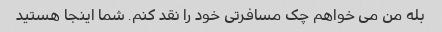
بله من می خواهم چک مسافرتی خود را نقد کنم. شما اینجا هستید